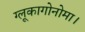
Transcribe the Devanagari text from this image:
ग्लूकागोनोमा।